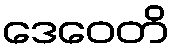
ဒေဝေတိ